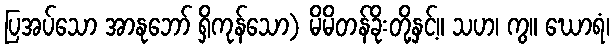
ပြအပ်သော အာနုဘော် ရှိကုန်သော) မိမိတန်ခိုးတို့နှင့်။ သဟ၊ ကွ။ ဃောရံ၊